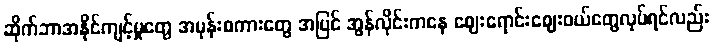
ဆိုက်ဘာအနိုင်ကျင့်မှုတွေ အမုန်းစကားတွေ အပြင် အွန်လိုင်းကနေ ဈေးရောင်းဈေးဝယ်တွေလုပ်ရင်လည်း